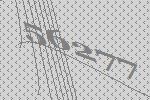
56277